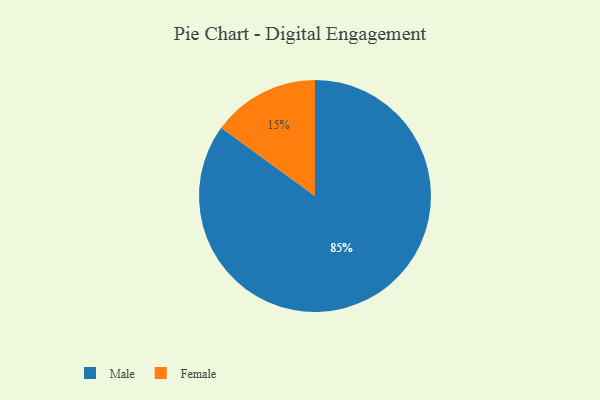
{"axis": {"x": "Category", "y": "Percentage"}, "legend": ["Female", "Male"], "data": [{"x": "Male", "y": 85, "type": "Male"}, {"x": "Female", "y": 15, "type": "Female"}]}